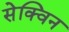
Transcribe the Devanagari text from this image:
सेक्विन